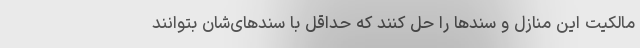
مالکیت این منازل و سندها را حل کنند که حداقل با سندهای‌شان بتوانند